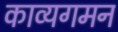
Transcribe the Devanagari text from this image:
काव्यगमन